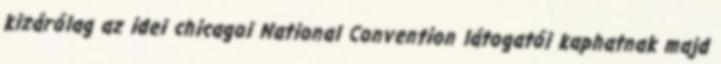
kizárólag az idei chicagoi National Convention látogatói kaphatnak majd